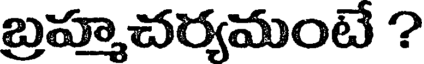
బ్రహ్మచర్యమంటే ?